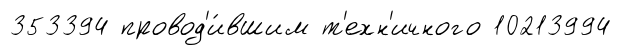
353394 провод'и́вшим т'ехн'ичного 10213994